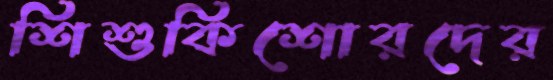
শিশুকিশোরদের